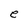
Character: e